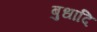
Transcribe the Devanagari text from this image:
बुधादि